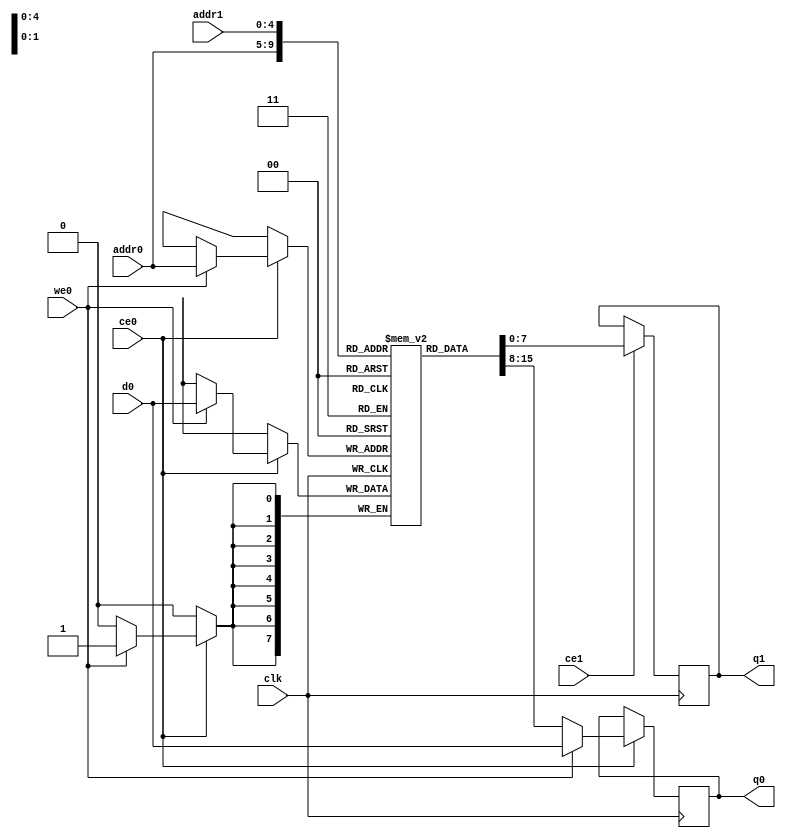
// ==============================================================
// File generated by Vivado(TM) HLS - High-Level Synthesis from C, C++ and SystemC
// Version: 2016.4
// Copyright (C) 1986-2017 Xilinx, Inc. All Rights Reserved.
// 
// ==============================================================

`timescale 1 ns / 1 ps
module aes256_encrypt_ecb_ctx_body_enckey_ram (addr0, ce0, d0, we0, q0, addr1, ce1, q1,  clk);

parameter DWIDTH = 8;
parameter AWIDTH = 5;
parameter MEM_SIZE = 32;

input[AWIDTH-1:0] addr0;
input ce0;
input[DWIDTH-1:0] d0;
input we0;
output reg[DWIDTH-1:0] q0;
input[AWIDTH-1:0] addr1;
input ce1;
output reg[DWIDTH-1:0] q1;
input clk;

(* ram_style = "distributed" *)reg [DWIDTH-1:0] ram[MEM_SIZE-1:0];




always @(posedge clk)  
begin 
    if (ce0) 
    begin
        if (we0) 
        begin 
            ram[addr0] <= d0; 
            q0 <= d0;
        end 
        else 
            q0 <= ram[addr0];
    end
end


always @(posedge clk)  
begin 
    if (ce1) 
    begin
            q1 <= ram[addr1];
    end
end


endmodule


`timescale 1 ns / 1 ps
module aes256_encrypt_ecb_ctx_body_enckey(
    reset,
    clk,
    address0,
    ce0,
    we0,
    d0,
    q0,
    address1,
    ce1,
    q1);

parameter DataWidth = 32'd8;
parameter AddressRange = 32'd32;
parameter AddressWidth = 32'd5;
input reset;
input clk;
input[AddressWidth - 1:0] address0;
input ce0;
input we0;
input[DataWidth - 1:0] d0;
output[DataWidth - 1:0] q0;
input[AddressWidth - 1:0] address1;
input ce1;
output[DataWidth - 1:0] q1;



aes256_encrypt_ecb_ctx_body_enckey_ram aes256_encrypt_ecb_ctx_body_enckey_ram_U(
    .clk( clk ),
    .addr0( address0 ),
    .ce0( ce0 ),
    .d0( d0 ),
    .we0( we0 ),
    .q0( q0 ),
    .addr1( address1 ),
    .ce1( ce1 ),
    .q1( q1 ));

endmodule